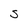
Character: S